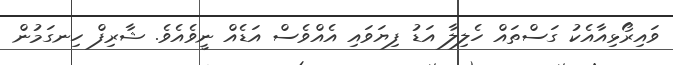
ވައިރޯޅިއާއެކު ގަސްތައް ހެލިލާ އަޑު ފިޔަވައި އެއްވެސް އަޑެއް ނީވެއެވެ. ޝާރިފް ހިނގަމުން